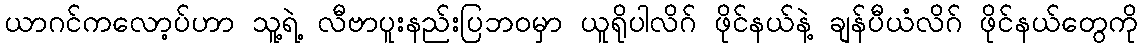
ယာဂင်ကလော့ပ်ဟာ သူ့ရဲ့ လီဗာပူးနည်းပြဘဝမှာ ယူရိုပါလိဂ် ဖိုင်နယ်နဲ့ ချန်ပီယံလိဂ် ဖိုင်နယ်တွေကို